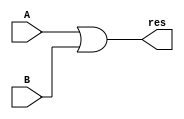
`timescale 1ns / 1ps
//////////////////////////////////////////////////////////////////////////////////
// Design Name: 
// Module Name: OR32
// Description: 
// 
// Dependencies: 
// 
// Revision:
// Revision 0.01 - File Created
// Additional Comments:
// 
//////////////////////////////////////////////////////////////////////////////////


module OR32 #(parameter WIDTH = 32)(
    input [WIDTH-1:0] A,
    input [WIDTH-1:0] B, 
    output [WIDTH-1:0] res
    );
    assign res = A | B;
endmodule